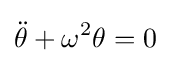
{\ddot {\theta }}+\omega ^{2}\theta =0